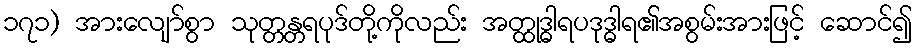
၁၇၁) အားလျော်စွာ သုတ္တန္တရပုဒ်တို့ကိုလည်း အတ္ထုဒ္ဓါရပဒုဒ္ဓါရ၏အစွမ်းအားဖြင့် ဆောင်၍